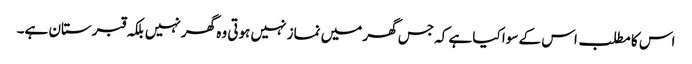
اس کا مطلب اس کے سوا کیا ہے کہ جس گھر میں نماز نہیں ہوتی وہ گھر نہیں بلکہ قبرستان ہے۔